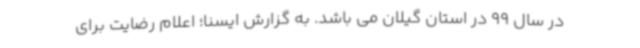
در سال 99 در استان گیلان می باشد. به گزارش ایسنا؛ اعلام رضایت برای